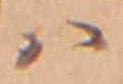
ハ